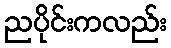
ညပိုင်းကလည်း